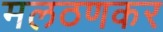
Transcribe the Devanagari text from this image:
मलठणकर